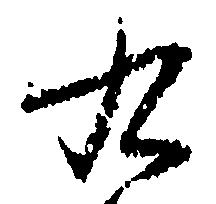
九